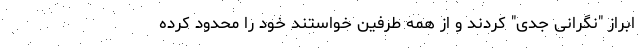
ابراز "نگرانی جدی" کردند و از همه طرفین خواستند خود را محدود کرده